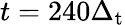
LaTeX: t=240\Delta_{\mathrm{t}}